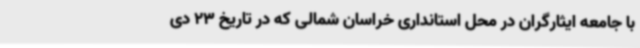
با جامعه ایثارگران در محل استانداری خراسان شمالی که در تاریخ 23 دی